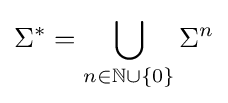
\Sigma ^{*}=\bigcup _{n\in \mathbb {N} \cup \{0\}}\Sigma ^{n}